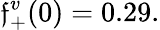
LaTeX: \mathfrak{f}_{+}^{v}(0)=0.29.